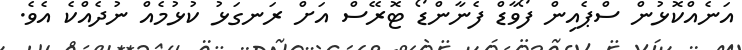
އަނެއްކޮޅުން ސްޕެއިން ފޯވާޑް ފެނާންޑޯ ޓޮރޭސް އަށް ރަނގަޅު ކުޅުމެއް ނުދެއްކެ އެވެ.